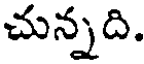
చున్నది.